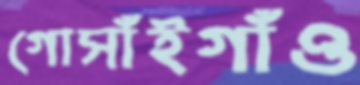
গোসাঁইগাঁও